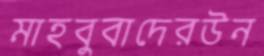
মাহবুবাদেরউন